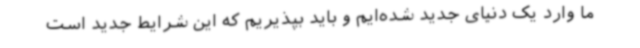
ما وارد یک دنیای جدید شده‌ایم و باید بپذیریم که این شرایط جدید است